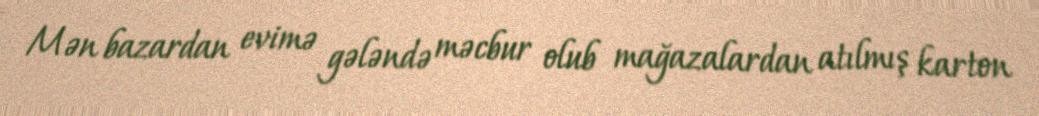
Mən bazardan evimə gələndə məcbur olub mağazalardan atılmış karton